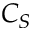
C _ { S }